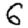
Digit: 6